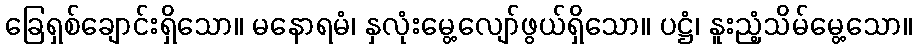
ခြေရှစ်ချောင်းရှိသော။ မနောရမံ၊ နှလုံးမွေ့လျော်ဖွယ်ရှိသော။ ပဋ္ဌံ၊ နူးညံ့သိမ်မွေ့သော။